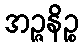
အဉ္ဇနိဉ္စ